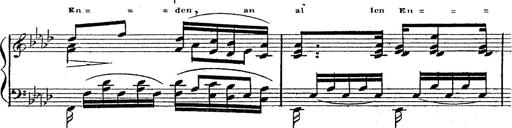
Title: 12 Lieder von Franz Schubert
Composer: Franz Liszt